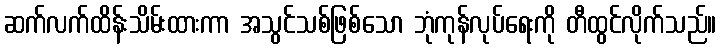
ဆက်လက်ထိန်းသိမ်းထားကာ အသွင်သစ်ဖြစ်သော ဘုံကုန်လုပ်ရေးကို တီထွင်လိုက်သည်။